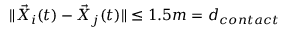
\| \vec { X } _ { i } ( t ) - \vec { X } _ { j } ( t ) \| \le 1 . 5 m = d _ { c o n t a c t }